Medical and sanitary report of the native army of Bengal for the year
Year: 1878
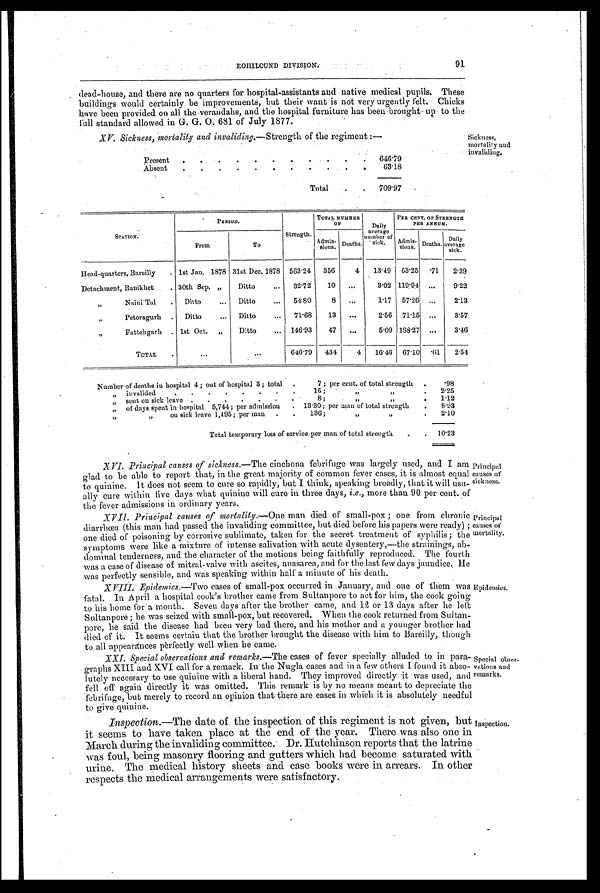
•dead-house, and there are no quarters for hospital-assistants and native medical pupils. These
buildings would certainly be improvements, but their want is not very urgently felt. Chicks
have been provided on the verandahs, and hospital furniture has been brought up to the
full standard allowed in G. G. O. 681 of July 1877.
XV. Sickness, mortality and invaliding—Strength of the regiment :—
Present.
. . .
. 646.79
Absent
.
. . . . . . .
.
. 6 3 . 1 8
Total
. 709.97
Sickness,
mortality and
invaliding.
STATION.
PERIOD.
Strength.
TOTAL N
U M B E R O F Daily
average
number of
sick.
PER CENT. OF STRENGTH
PER ANNUM.
From
To
Admis-
sions. Deaths.
Adm,s.
sions. Deaths. Daily
aver
a g e s i c k .
Head-quarters, Bareilly . 1st Jan. 1878 31st Dec. 1878 563.24 356
4 13.49 63.25 .71 2.39
Detachment, Ranikhet
. 30th Sep. „
Ditto
32.72
10
. . .
3.02 119.94 ...
9.22
, , N a i n i T a l
. Ditto
... Ditto
... 54.80
8 ...
1.17 57.26 ...
2.13
Petoragurh . Ditto
... Ditto
... 71.68
13 ...
2.56 71.15 ...
3.57
,,
Fattehgarh . 1st Oct. „
Ditto
... 146.93
47 ...
5.09 188.27 ...
3.46
TOTAL .
...
. . .
646.79 434
4 16.46 67.10 . 61 2.54
Number of deaths in hospital 4 ; out of hospital 3; total .
7 ; per cent. of total strength .
.98
, , i n v a l i d e d
. . . . . . . .
16; , ,
, ,
. 2.25
„ sent on sick leave . . . .
.
.
8; , ,
„
1.12
„ of days spent in hospital 5,744; per admission . 13.30; per man of total strength . 8.93
,,
on sick leave 1,495; per man . . 136;
, ,
. 2.10
Total temporary loss of service per man-of total strength
. . 10.23
XVI. Principal causes of sickness. —The cinchona febrifuge was largely used, and I am
glad to be able to report that, in the great majority of common fever cases, it is almost equal
to quinine. It does not seem to cure so rapidly, but I think, speaking broadly, that it will usu-
ally cure within five days what quinine will cure in three days, i.e., more than 90 per cent.of
the fever admissions in ordinary years.
XVII Principal causes of mortality.—One man died of small-pox ; one from chronic
diarrhœa (this man had passed the invaliding committee, but died before his papers were ready) ;
one died of poisoning by corrosive sublimate, taken for the secret treatment of syphilis; the
symptoms were like a mixture of intense salivation with acute dysentery,—the strainings, ab-
dominal tenderness, and the character of the motions being faithfully reproduced. The fourth
was a case of disease of mitral-valve with ascites, anasarca, and for the last few days jaundice. He
was perfectly sensible, and was speaking within half a minute of his death.
XVIII. Epidemics. —Two cases of small-pox occurred in January, and one of' them was
fatal. In April a hospital cook's brother came from Sultanpore to act for him, the cook going
to his home fora month. Seven days after the brother came, and 12 or 13 days after he left
Sultanpore; he was seized with small-pox, but recovered. When the cook returned from Sultan-
pore, he said the disease had been very bad there, and his mother and a younger brother had
died of it. It seems certain that the brother brought the disease with him to Bareilly, though
to all appearances perfectly well when he came.
XXI. Special observations and remarks.—The cases of fever specially alluded to in para-
graphs XIII and XVI call for a remark. In the Nugla cases and in a few others I found it abso-
lutely necessary to use quinine with a liberal band. They improved directly it was used, and
fell off again directly it was omitted. This remark is by no means meant to depreciate the
febrifuge, but merely to record an opinion that there are cases in which it is absolutely needful
to give quinine.
Inspection.—The date of the inspection of this regiment is not given, but
it seems to have taken place at the end. of the year. There was also one in
March during the invaliding committee. Dr. Hutchinson reports that the latrine
was foul, being masonry flooring and gutters which had become saturated with
u r i n e . T h e m e d i c a l h i s t o r y s h e e t s a n d c a s e b o o k s w e r e i n a r r e a r s . I n o t h e r
respects the medical arrangements were satisfactory.
Principal
causes of
sickness.
Principal
causes of
mortality.
Epidemics.
Special obser-
vations and
remarks.
Inspection.